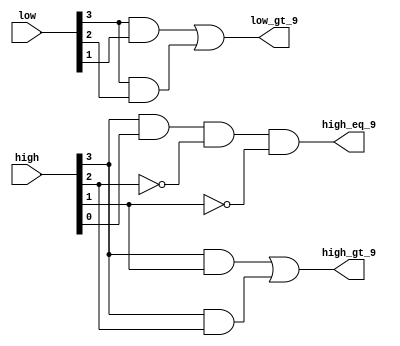
// Copyright (C) 1991-2013 Altera Corporation
// Your use of Altera Corporation's design tools, logic functions 
// and other software and tools, and its AMPP partner logic 
// functions, and any output files from any of the foregoing 
// (including device programming or simulation files), and any 
// associated documentation or information are expressly subject 
// to the terms and conditions of the Altera Program License 
// Subscription Agreement, Altera MegaCore Function License 
// Agreement, or other applicable license agreement, including, 
// without limitation, that your use is for the sole purpose of 
// programming logic devices manufactured by Altera and sold by 
// Altera or its authorized distributors.  Please refer to the 
// applicable agreement for further details.

// PROGRAM		"Quartus II 64-Bit"
// VERSION		"Version 13.0.1 Build 232 06/12/2013 Service Pack 1 SJ Web Edition"
// CREATED		"Mon Oct 13 12:01:36 2014"

module alu_prep_daa(
	high,
	low,
	low_gt_9,
	high_eq_9,
	high_gt_9
);


input wire	[3:0] high;
input wire	[3:0] low;
output wire	low_gt_9;
output wire	high_eq_9;
output wire	high_gt_9;

wire	SYNTHESIZED_WIRE_0;
wire	SYNTHESIZED_WIRE_1;
wire	SYNTHESIZED_WIRE_2;
wire	SYNTHESIZED_WIRE_3;
wire	SYNTHESIZED_WIRE_4;
wire	SYNTHESIZED_WIRE_5;




assign	SYNTHESIZED_WIRE_4 =  ~high[2];

assign	SYNTHESIZED_WIRE_1 = low[3] & low[2];

assign	SYNTHESIZED_WIRE_3 = high[3] & high[2];

assign	SYNTHESIZED_WIRE_0 = low[3] & low[1];

assign	low_gt_9 = SYNTHESIZED_WIRE_0 | SYNTHESIZED_WIRE_1;

assign	SYNTHESIZED_WIRE_2 = high[3] & high[1];

assign	high_gt_9 = SYNTHESIZED_WIRE_2 | SYNTHESIZED_WIRE_3;

assign	SYNTHESIZED_WIRE_5 =  ~high[1];

assign	high_eq_9 = high[3] & high[0] & SYNTHESIZED_WIRE_4 & SYNTHESIZED_WIRE_5;


endmodule